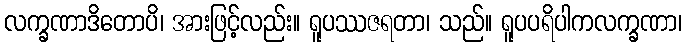
လက္ခဏာဒိတောပိ၊ အားဖြင့်လည်း။ ရူပဿဇရတာ၊ သည်။ ရူပပရိပါကလက္ခဏာ၊